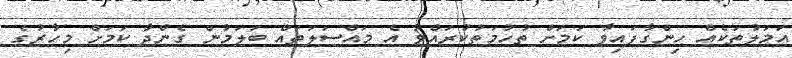
އަމަލުތަކެއް ހިންގާފައިވާ ކަމަށް ތުހުމަތުކުރައްވާ އެ މައްސަލަތައް ބަލަމުން ގެންދާ ކަމަށް މިހާރުގެ